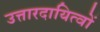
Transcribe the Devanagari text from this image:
उत्तारदायित्वों